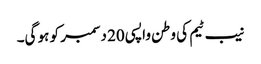
نیب ٹیم کی وطن واپسی 20 دسمبر کو ہو گی۔